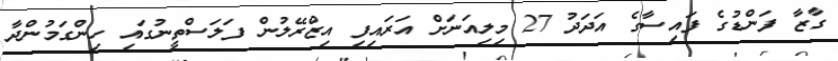
ގާޒާ ފަންޑުގެ ފައިސާގެ އަދަދު 27 މިލިއަނަށް އަރައިފި އިޒްރޭލުން ފަލަސްތީނުގައި ހިންގަމުންދާ